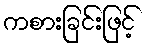
ကစားခြင်းဖြင့်